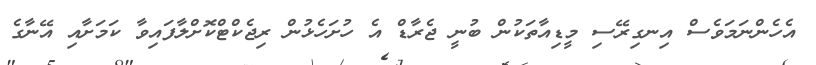
އެހެންނަމަވެސް އިނގިރޭސި މީޑިއާތަކުން ބުނީ ޖެރާޑް އެ ހުށަހެޅުން ރިޖެކްޓްކޮށްލާފައިވާ ކަމަށާއި އޭނާގެ